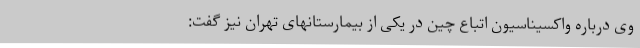
وی درباره واکسیناسیون اتباع چین در یکی از بیمارستانهای تهران نیز گفت: